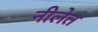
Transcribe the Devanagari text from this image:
नीलेत